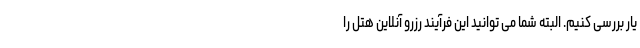
یار بررسی کنیم. البته شما می توانید این فرآیند رزرو آنلاین هتل را